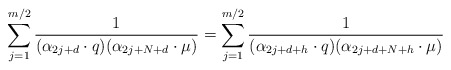
\begin{align*}\sum_{j=1}^{m/2}{1\over{(\alpha_{2j+d}\cdot q)(\alpha_{2j+N+d}\cdot\mu)}} =\sum_{j=1}^{m/2}{1\over{(\alpha_{2j+d+h}\cdot q) (\alpha_{2j+d+N+h}\cdot\mu)}}\end{align*}